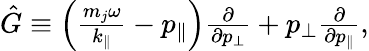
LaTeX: \begin{array}{r}{\hat{G}\equiv\left(\frac{m_{j}\omega}{k_{\parallel}}-p_{\parallel}\right)\frac{\partial}{\partial p_{\perp}}+p_{\perp}\frac{\partial}{\partial p_{\parallel}},}\end{array}